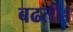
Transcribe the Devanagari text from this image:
बढती।